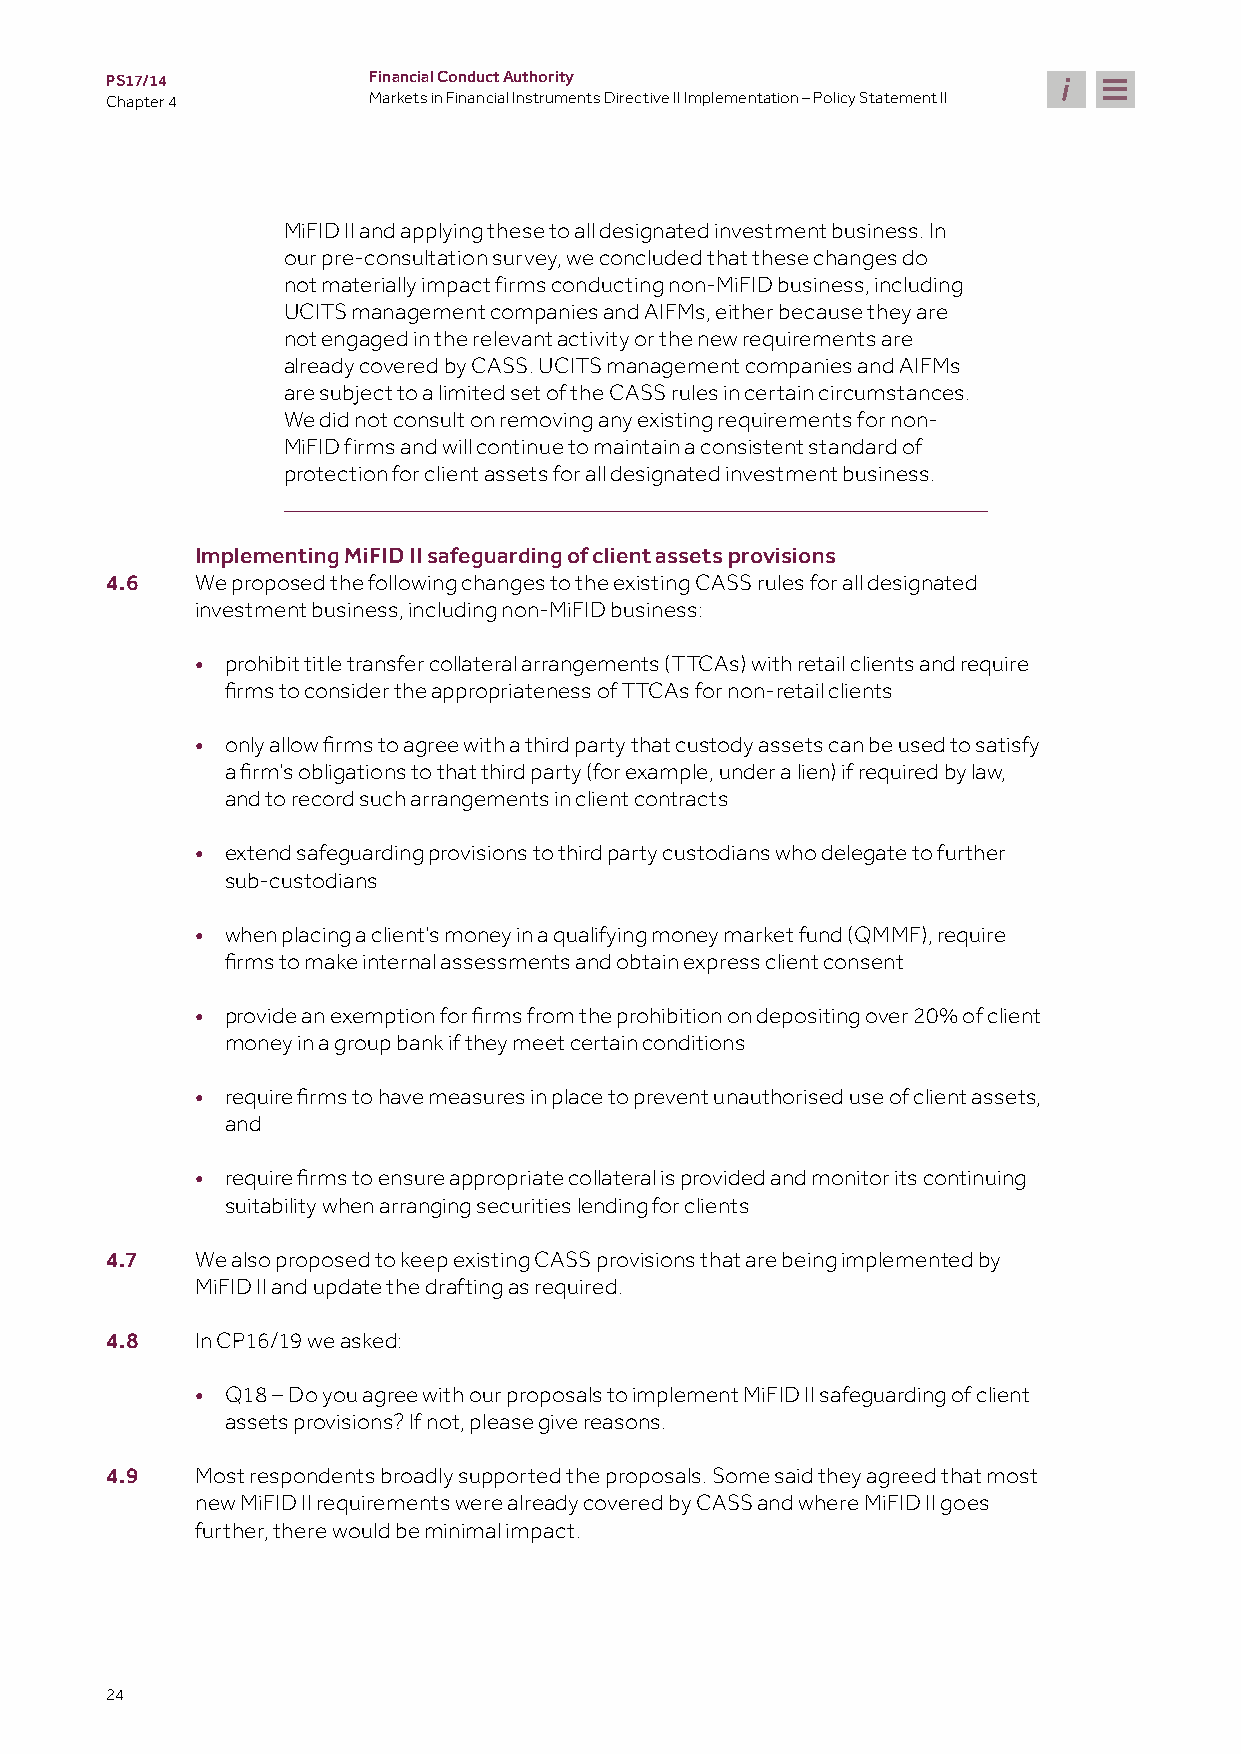
PS17/14          Financial Conduct Authority
 Chapter 4        Markets in Financial Instruments Directive II Implementation – Policy Statement II
 MiFID II and applying these to all designated investment business. In
 our pre-consultation survey, we concluded that these changes do
 not materially impact firms conducting non-MiFID business, including
 UCITS management companies and AIFMs, either because they are
 not engaged in the relevant activity or the new requirements are
 already covered by CASS. UCITS management companies and AIFMs
 are subject to a limited set of the CASS rules in certain circumstances.
 We did not consult on removing any existing requirements for non-
 MiFID firms and will continue to maintain a consistent standard of
 protection for client assets for all designated investment business.
 Implementing MiFID II safeguarding of client assets provisions
 4.6   We proposed the following changes to the existing CASS rules for all designated
 investment business, including non-MiFID business:
 • prohibit title transfer collateral arrangements (TTCAs) with retail clients and require
 firms to consider the appropriateness of TTCAs for non-retail clients
 •
 only allow firms to agree with a third party that custody assets can be used to satisfy
 a firm’s obligations to that third party (for example, under a lien) if required by law,
 and to record such arrangements in client contracts
 • extend safeguarding provisions to third party custodians who delegate to further
 sub-custodians
 • when placing a client’s money in a qualifying money market fund (QMMF), require
 firms to make internal assessments and obtain express client consent
 •
 provide an exemption for firms from the prohibition on depositing over 20% of client
 money in a group bank if they meet certain conditions
 •
 require firms to have measures in place to prevent unauthorised use of client assets,
 and
 •
 require firms to ensure appropriate collateral is provided and monitor its continuing
 suitability when arranging securities lending for clients
 4.7   We also proposed to keep existing CASS provisions that are being implemented by
 MiFID II and update the drafting as required.
 4.8   In CP16/19 we asked:
 • Q18 – Do you agree with our proposals to implement MiFID II safeguarding of client
 assets provisions? If not, please give reasons.
 4.9   Most respondents broadly supported the proposals. Some said they agreed that most
 new MiFID II requirements were already covered by CASS and where MiFID II goes
 further, there would be minimal impact.
 24